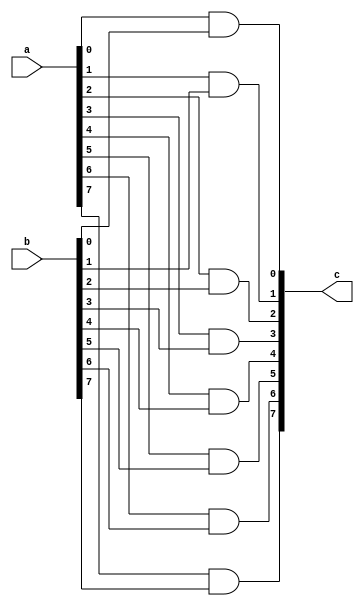
module and_mod(a,b,c    );
parameter size=8;

input [size-1:0] a;
input [size-1:0] b;

output [size-1:0] c;

genvar i;
generate
	for(i=0; i<size; i=i+1) begin:andblock
		and and1(c[i],a[i],b[i]);
	end
endgenerate

endmodule